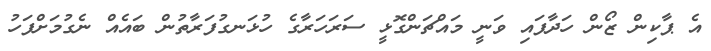
އެ ޕާކިން ޒޯން ހަދާފައި ވަނީ މައްޗަންގޮޅީ ސަރަހަރާގެ ހުޅަނގުފަރާތުން ބައެއް ނެގުމަށްފަހު